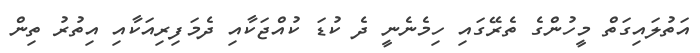
އަތުލައިގަތް މީހުންގެ ތެރޭގައި ހިމެނެނީ ދެ ކުޑަ ކުއްޖަކާއި ދެމަފިރިއަކާއި އިތުރު ތިން